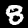
Digit: 8